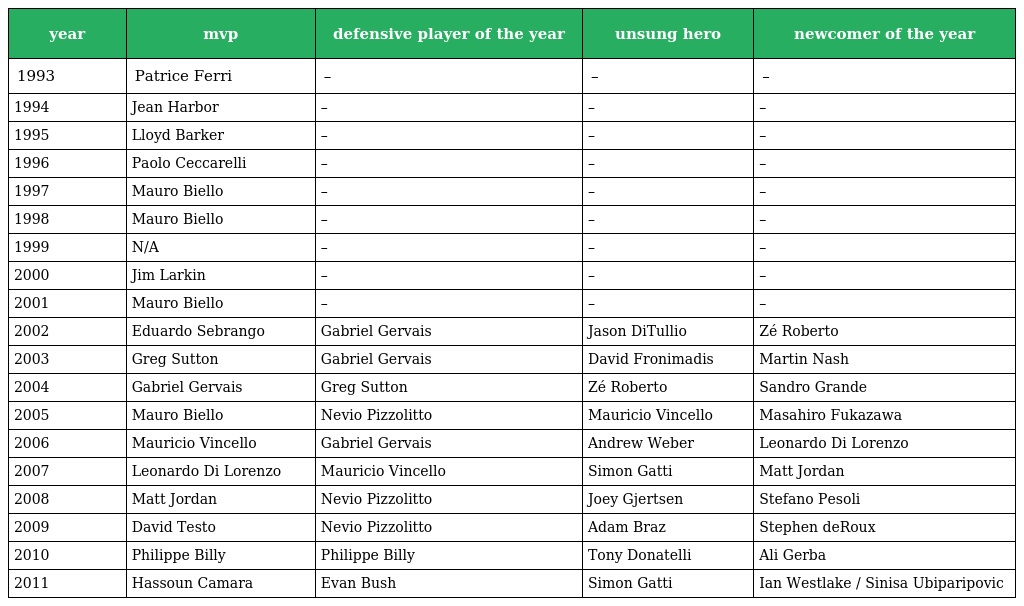
| year | mvp | defensive player of the year | unsung hero | newcomer of the year |
 | --- | --- | --- | --- | --- |
 | 1993 | Patrice Ferri | – | – | – |
 | 1994 | Jean Harbor | – | – | – |
 | 1995 | Lloyd Barker | – | – | – |
 | 1996 | Paolo Ceccarelli | – | – | – |
 | 1997 | Mauro Biello | – | – | – |
 | 1998 | Mauro Biello | – | – | – |
 | 1999 | N/A | – | – | – |
 | 2000 | Jim Larkin | – | – | – |
 | 2001 | Mauro Biello | – | – | – |
 | 2002 | Eduardo Sebrango | Gabriel Gervais | Jason DiTullio | Zé Roberto |
 | 2003 | Greg Sutton | Gabriel Gervais | David Fronimadis | Martin Nash |
 | 2004 | Gabriel Gervais | Greg Sutton | Zé Roberto | Sandro Grande |
 | 2005 | Mauro Biello | Nevio Pizzolitto | Mauricio Vincello | Masahiro Fukazawa |
 | 2006 | Mauricio Vincello | Gabriel Gervais | Andrew Weber | Leonardo Di Lorenzo |
 | 2007 | Leonardo Di Lorenzo | Mauricio Vincello | Simon Gatti | Matt Jordan |
 | 2008 | Matt Jordan | Nevio Pizzolitto | Joey Gjertsen | Stefano Pesoli |
 | 2009 | David Testo | Nevio Pizzolitto | Adam Braz | Stephen deRoux |
 | 2010 | Philippe Billy | Philippe Billy | Tony Donatelli | Ali Gerba |
 | 2011 | Hassoun Camara | Evan Bush | Simon Gatti | Ian Westlake / Sinisa Ubiparipovic |